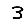
Digit: 3